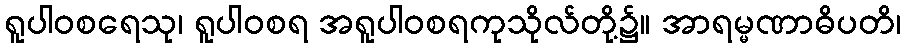
ရူပါဝစရေသု၊ ရူပါဝစရ အရူပါဝစရကုသိုလ်တို့၌။ အာရမ္မဏာဓိပတိ၊